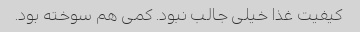
کیفیت غذا خیلی جالب نبود. کمی هم سوخته بود.